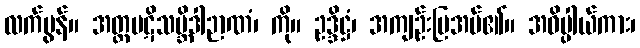
လက်မွန်။ အတ္ထပဋိသမ္ဘိဒါဉာဏံ၊ ကို။ ဥဒ္ဒိဋ္ဌံ၊ အကျဉ်းပြအပ်၏။ အဓိပ္ပါယ်ကား၊